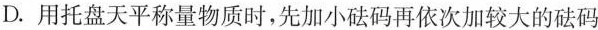
D.用托盘天平称量物质时，先加小砝码再依次加较大的砝码